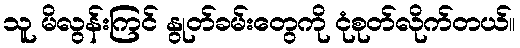
သူ မိလွန်းကြင် နွုတ်ခမ်းတွေကို ငုံစုတ်လိုက်တယ်။